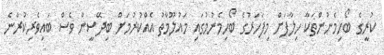
ކުރީގެ ބޯހިމެނުންތަކާ ހިލާފަށް މިފަހަރުގެ ބޯހިމެނުމުގައި މައުލޫމާތު އެއްކުރުމަށް ބިދޭސީން ވެސް ބައިވެރިކުރާނެ